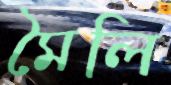
মৈলি